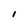
Character: I